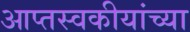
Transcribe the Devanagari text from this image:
आप्तस्वकीयांच्या